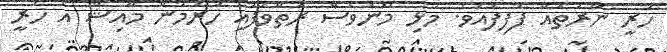
ހުރީ ނާރުތައް ފުފިފައެވެ. މުޅި މޫނުވެސް ރަތްވެފައި ހުރުމުން މާއިޝް އެ ހުރީ